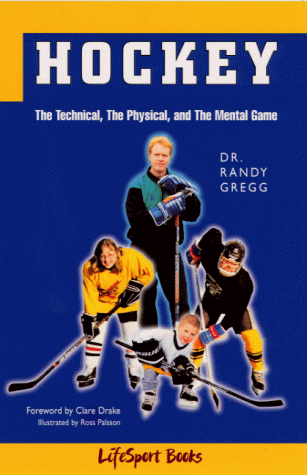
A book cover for Hockey: The Technical, the Physical, and the Mental Game; Randy Gregg; Sports & Outdoors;